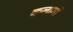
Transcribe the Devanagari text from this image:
कलामों